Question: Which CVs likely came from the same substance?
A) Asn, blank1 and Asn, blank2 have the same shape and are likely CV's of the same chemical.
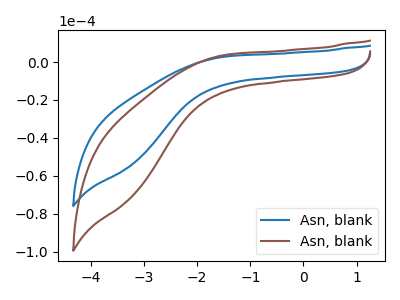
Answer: <think>The blue curve "Asn, blank1" has no peaks. The brown curve "Asn, blank2" has no peaks.
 Neither "Asn, blank1" or "Asn, blank2" have any peaks.</think>
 <answer>A) "Asn, blank1" and "Asn, blank2" have the same shape and are likely CV's of the same chemical.</answer>
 <eval>A</eval>